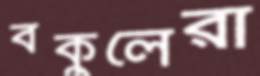
বকুলেরা